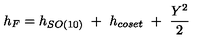
h _ { F } = h _ { S O ( 1 0 ) } \ + \ h _ { c o s e t } \ + \ { \frac { Y ^ { 2 } } { 2 } }